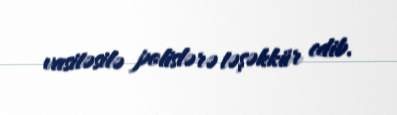
vasitəsilə polislərə təşəkkür edib.